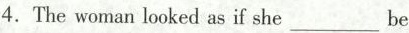
4.The woman looked as if she ___ be